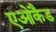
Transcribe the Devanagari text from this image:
एओकैड